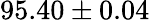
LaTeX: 95.40\pm 0.04